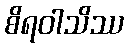
စိရဝါသိဿ